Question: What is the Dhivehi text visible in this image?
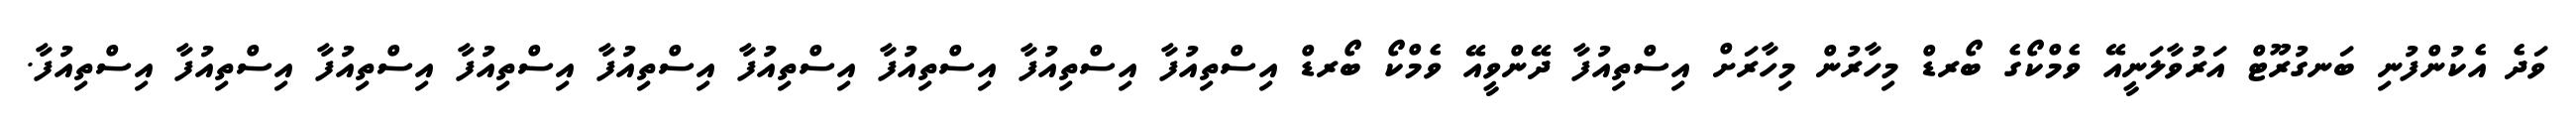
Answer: ވަދެ އެކުންފުނި ބަނގުރޫޓް އަރުވާލަނީއޭ ވެމްކޯގެ ބޯރޑް މިހާރުން މިހާރަށް އިސްތިއުފާ ދޭންވީއޭ ވެމްކޯ ބޯރޑް އިސްތިއުފާ އިސްތިއުފާ އިސްތިއުފާ އިސްތިއުފާ އިސްތިއުފާ އިސްތިއުފާ އިސްތިއުފާ އިސްތިއުފާ އިސްތިއުފާ.